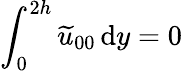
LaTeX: \int_{0}^{2h}\widetilde{u}_{00}{\, \mathrm{{d}}}y=0